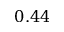
0 . 4 4